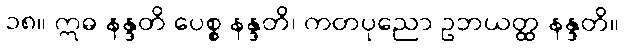
၁၈။ ဣဓ နန္ဒတိ ပေစ္စ နန္ဒတိ၊ ကတပုညော ဥဘယတ္ထ နန္ဒတိ။